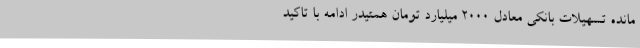
مانده تسهیلات بانکی معادل 2000 میلیارد تومان همتیدر ادامه با تاکید